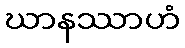
ဃာနဿာဟံ